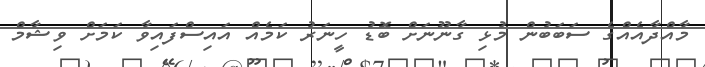
މާއްދާއެއްގެ ސަބަބުން މުޅި ގާނޫނަށް ބޮޑު ހީނަރު ކަމެއް އައިސްފައިވާ ކަމަށް ވިޝާމް